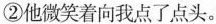
②微笑着向我点了点头。